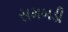
સમબડી